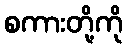
စကားတို့ကို